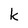
Character: k